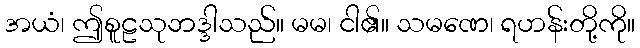
အယံ၊ ဤစူဠသုဘဒ္ဒါသည်။ မမ၊ ငါ၏။ သမဏေ၊ ရဟန်းတို့ကို။